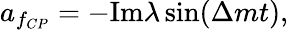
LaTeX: a_{f_{CP}}=-\mathrm{Im}\lambda\sin(\Delta mt),